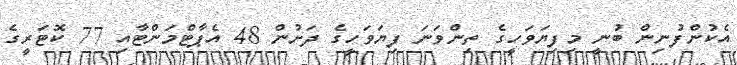
އެކުންފުނިން ބުނީ މިފިޔަވަހީގެ ތިންވަނަ ފިޔަވަހީގެ ދަށުން 48 އެޕާޓްމަންޓާއި 77 ކޮޓަރީގެ